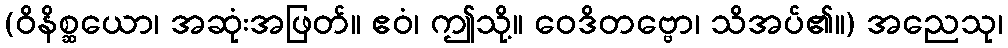
(ဝိနိစ္ဆယော၊ အဆုံးအဖြတ်။ ဧဝံ၊ ဤသို့။ ဝေဒိတဗ္ဗော၊ သိအပ်၏။) အညေသု၊